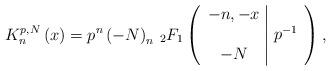
LaTeX: \begin{align*}K_{n}^{p,N}\left( x\right) =p^n\left(-N\right) _{n}\,_{2}F_{1}\left( \begin{array}{c|c}-n,-x & \\ & p^{-1} \\ -N & \end{array}\right) , \end{align*}